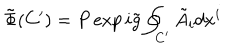
\tilde { \Phi } ( C ^ { \prime } ) = P \exp i \tilde { g } \oint _ { C ^ { \prime } } \tilde { A } _ { i } d x ^ { i }